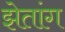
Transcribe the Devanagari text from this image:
झेतांग